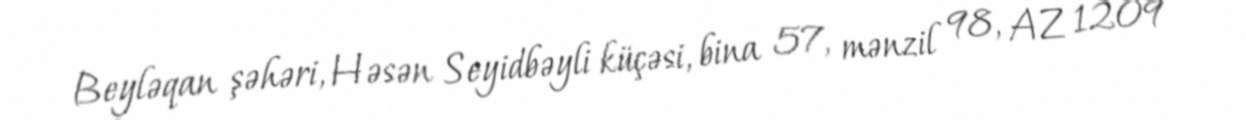
Beyləqan şəhəri, Həsən Seyidbəyli küçəsi, bina 57, mənzil 98, AZ 1209